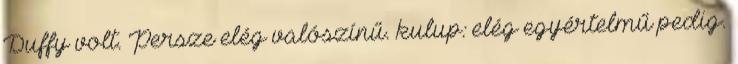
Duffy volt. Persze elég valószínű. kulup: elég egyértelmű pedig.